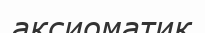
аксиоматик